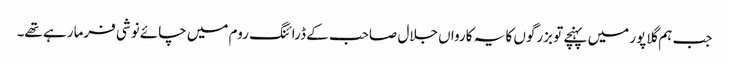
جب ہم گلاپور میں پہنچے تو بزرگوں کا یہ کارواں جلال صاحب کے ڈرائنگ روم میں چائے نوشی فرما رہے تھے۔